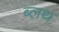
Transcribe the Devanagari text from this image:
ब्लथ